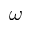
\omega